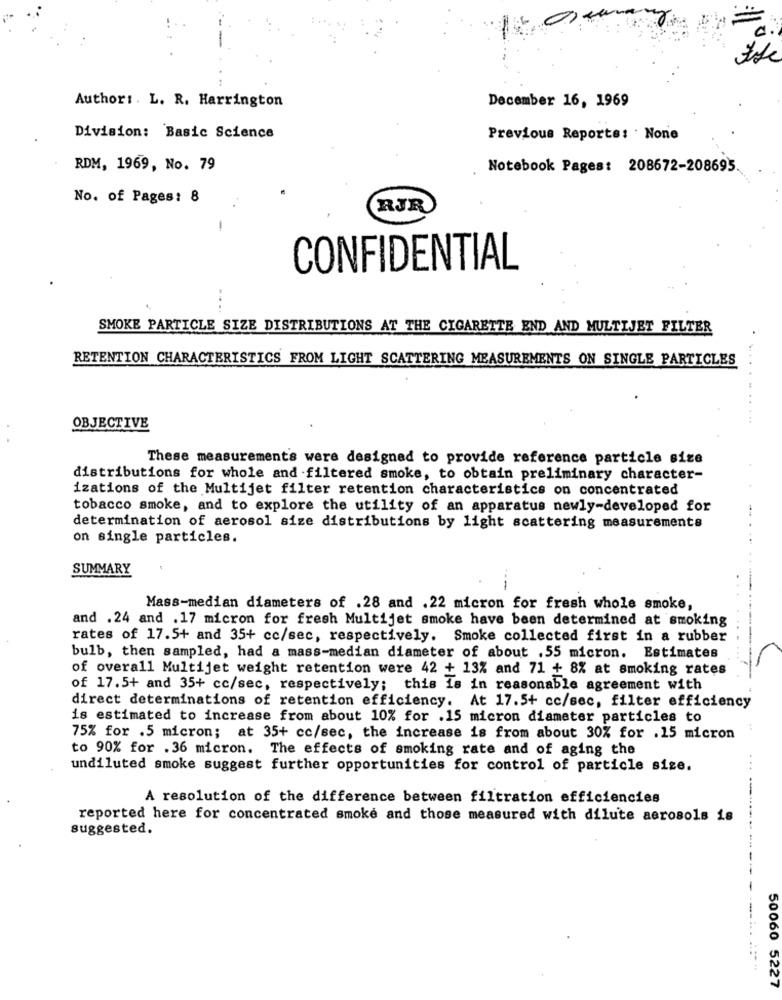
Author :. L. R. Harrington
December 16, 1969
Division: Basic Science
Previous Reports: . None
RDM, 1969, No. 79
Notebook Pages: 208672-208695.
No. of Pages: 8
RJR
-
CONFIDENTIAL
-...
SMOKE PARTICLE SIZE DISTRIBUTIONS AT THE CIGARETTE END AND MULTIJET FILTER
.
RETENTION CHARACTERISTICS FROM LIGHT SCATTERING MEASUREMENTS ON SINGLE PARTICLES
OBJECTIVE
These measurements were designed to provide reference particle size
distributions for whole and filtered smoke, to obtain preliminary character-
izations of the Multijet filter retention characteristics on concentrated
tobacco smoke, and to explore the utility of an apparatus newly-developed for
determination of aerosol size distributions by light scattering measurements
on single particles.
SUMMARY
---
Mass-median diameters of .28 and .22 micron for fresh whole smoke,
and .24 and .17 micron for fresh Multijet smoke have been determined at smoking
rates of 17.5+ and 35+ cc/sec, respectively. Smoke collected first in a rubber
bulb, then sampled, had a mass-median diameter of about .55 micron. Estimates
of overall Multijet weight retention were 42 + 13% and 71 + 8% at smoking rates
of 17.5+ and 35+ cc/sec, respectively; this is in reasonable agreement with
direct determinations of retention efficiency. At 17.5+ cc/sec, filter efficiency
is estimated to increase from about 10% for .15 micron diameter particles to
75% for .5 micron; at 35+ cc/sec, the increase is from about 30% for .15 micron
to 90% for .36 micron. The effects of smoking rate and of aging the
undiluted smoke suggest further opportunities for control of particle size.
--
A resolution of the difference between filtration efficiencies
reported here for concentrated smoke and those measured with dilute aerosols is
suggested.
------
. .: +
50060 5227